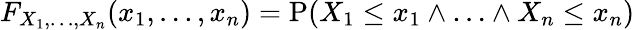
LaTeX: F_{X_{1},\ldots,X_{n}}(x_{1},\ldots,x_{n})=\operatorname{P}(X_{1}\leq x_{1}\land\ldots\land X_{n}\leq x_{n})